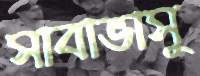
সাবাভাসু